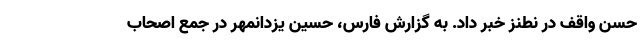
حسن واقف در نطنز خبر داد. به گزارش فارس، حسین یزدانمهر در جمع اصحاب